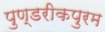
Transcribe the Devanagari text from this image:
पुण्डरीकपुरम